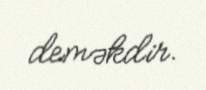
deməkdir.